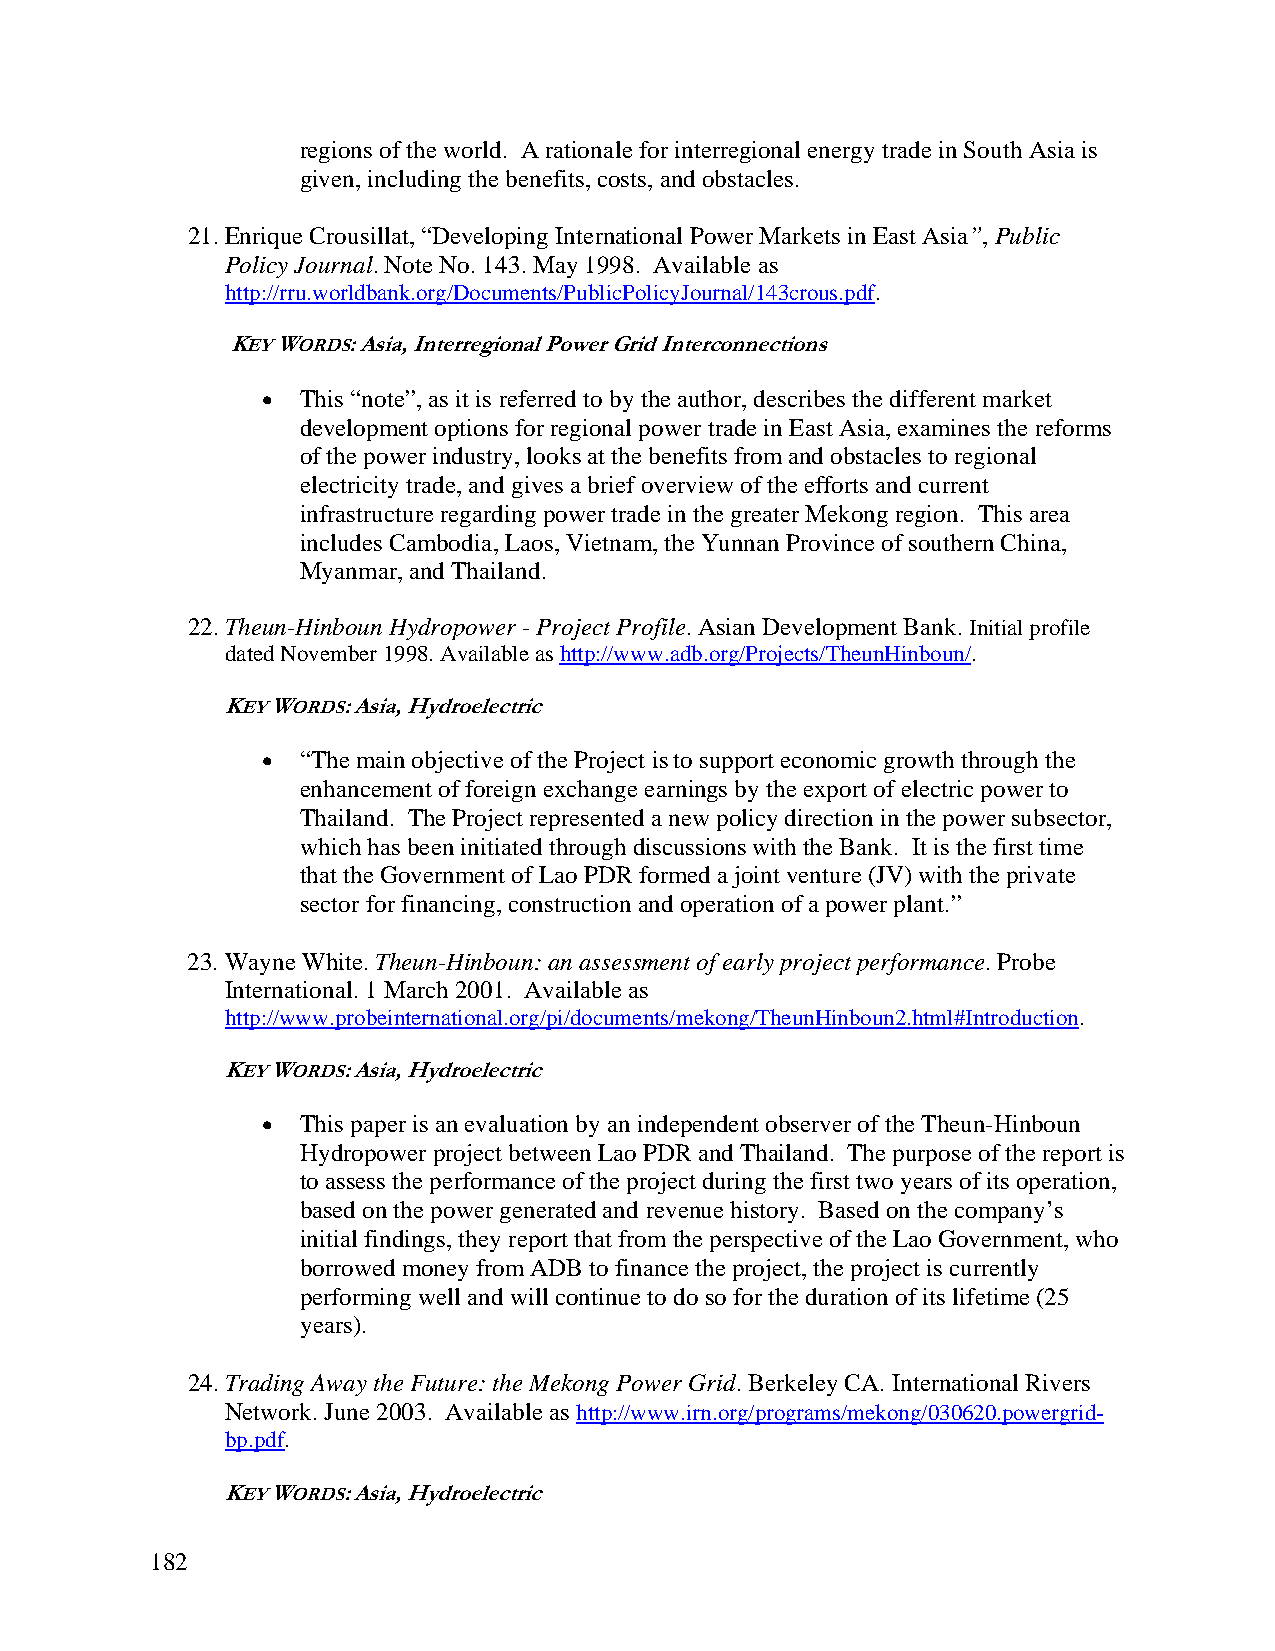
regions of the world. A rationale for interregional energy trade in South Asia is
 given, including the benefits, costs, and obstacles.
 21. Enrique Crousillat, “Developing International Power Markets in East Asia”, Public
 Policy Journal. Note No. 143. May 1998. Available as
 http://rru.worldbank.org/Documents/PublicPolicyJournal/143crous.pdf.
 KEY WORDS: Asia, Interregional Power Grid Interconnections
 •  This “note”, as it is referred to by the author, describes the different market
 development options for regional power trade in East Asia, examines the reforms
 of the power industry, looks at the benefits from and obstacles to regional
 electricity trade, and gives a brief overview of the efforts and current
 infrastructure regarding power trade in the greater Mekong region. This area
 includes Cambodia, Laos, Vietnam, the Yunnan Province of southern China,
 Myanmar, and Thailand.
 22. Theun-Hinboun Hydropower - Project Profile. Asian Development Bank. Initial profile
 dated November 1998. Available as http://www.adb.org/Projects/TheunHinboun/.
 KEY WORDS: Asia, Hydroelectric
 •  “The main objective of the Project is to support economic growth through the
 enhancement of foreign exchange earnings by the export of electric power to
 Thailand. The Project represented a new policy direction in the power subsector,
 which has been initiated through discussions with the Bank. It is the first time
 that the Government of Lao PDR formed a joint venture (JV) with the private
 sector for financing, construction and operation of a power plant.”
 23. Wayne White. Theun-Hinboun: an assessment of early project performance. Probe
 International. 1 March 2001. Available as
 http://www.probeinternational.org/pi/documents/mekong/TheunHinboun2.html#Introduction.
 KEY WORDS: Asia, Hydroelectric
 •  This paper is an evaluation by an independent observer of the Theun-Hinboun
 Hydropower project between Lao PDR and Thailand. The purpose of the report is
 to assess the performance of the project during the first two years of its operation,
 based on the power generated and revenue history. Based on the company’s
 initial findings, they report that from the perspective of the Lao Government, who
 borrowed money from ADB to finance the project, the project is currently
 performing well and will continue to do so for the duration of its lifetime (25
 years).
 24. Trading Away the Future: the Mekong Power Grid. Berkeley CA. International Rivers
 Network. June 2003. Available as http://www.irn.org/programs/mekong/030620.powergrid-
 bp.pdf.
 KEY WORDS: Asia, Hydroelectric
 182